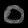
Digit: ၀